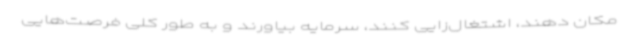
مکان دهند، اشتغال‌زایی کنند، سرمایه بیاورند و به طور کلی فرصت‌هایی